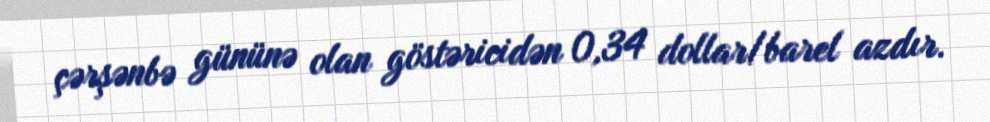
çərşənbə gününə olan göstəricidən 0,34 dollar/barel azdır.